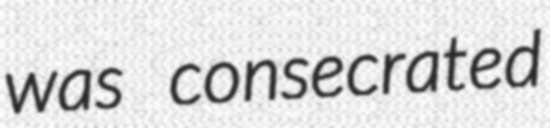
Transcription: was consecrated